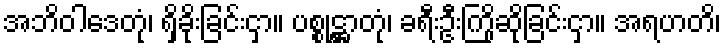
အဘိဝါဒေတုံ၊ ရှိခိုးခြင်းငှာ။ ပစ္စုဋ္ဌာတုံ၊ ခရီးဦးကြိုဆိုခြင်းငှာ။ အရဟတိ၊